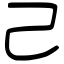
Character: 己